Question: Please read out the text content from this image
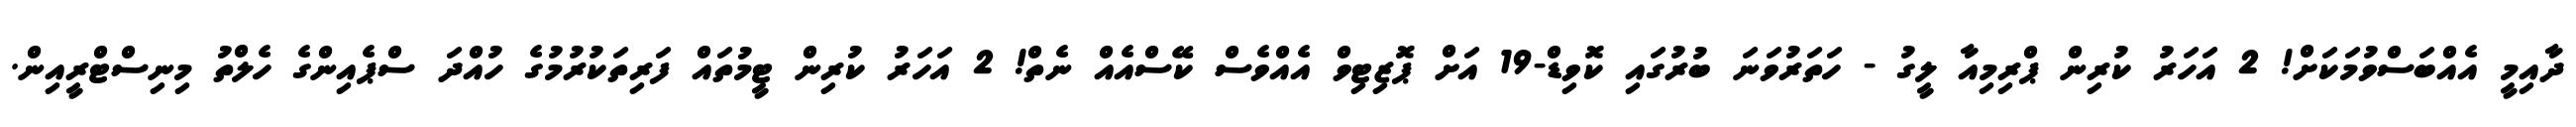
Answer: ދާއިމީ އެއްބަސްވުމަކަށް! 2 އަހަރު ކުރިން ޕްރިމިއާ ލީގު - ހަތަރުވަނަ ބުރުގައި ކޮވިޑް-19 އަށް ޕޮޒިޓިވް އެއްވެސް ކޭސްއެއް ނެތް! 2 އަހަރު ކުރިން ޓީމުތައް ފަރިތަކުރުމުގެ ހުއްދަ ސްޕެއިންގެ ހެލްތު މިނިސްޓްރީއިން.